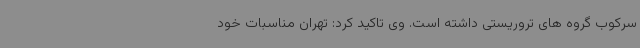
سرکوب گروه های تروریستی داشته است. وی تاکید کرد: تهران مناسبات خود